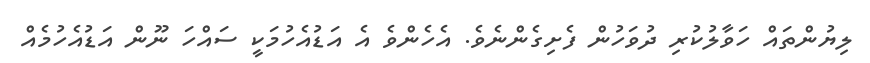
ލިޔުންތައް ހަވާލުކުރި ދުވަހުން ފެށިގެންނެވެ. އެހެންވެ އެ އަޑުއެހުމަކީ ސައްހަ ނޫން އަޑުއެހުމެއް